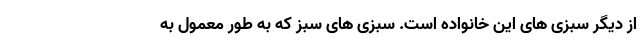
از دیگر سبزی های این خانواده است. سبزی های سبز که به طور معمول به